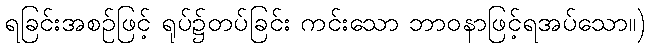
ရခြင်းအစဉ်ဖြင့် ရုပ်၌တပ်ခြင်း ကင်းသော ဘာဝနာဖြင့်ရအပ်သော။)